Report on vaccination in Madras 1922-1929 - 1922-1929
Year: 1922
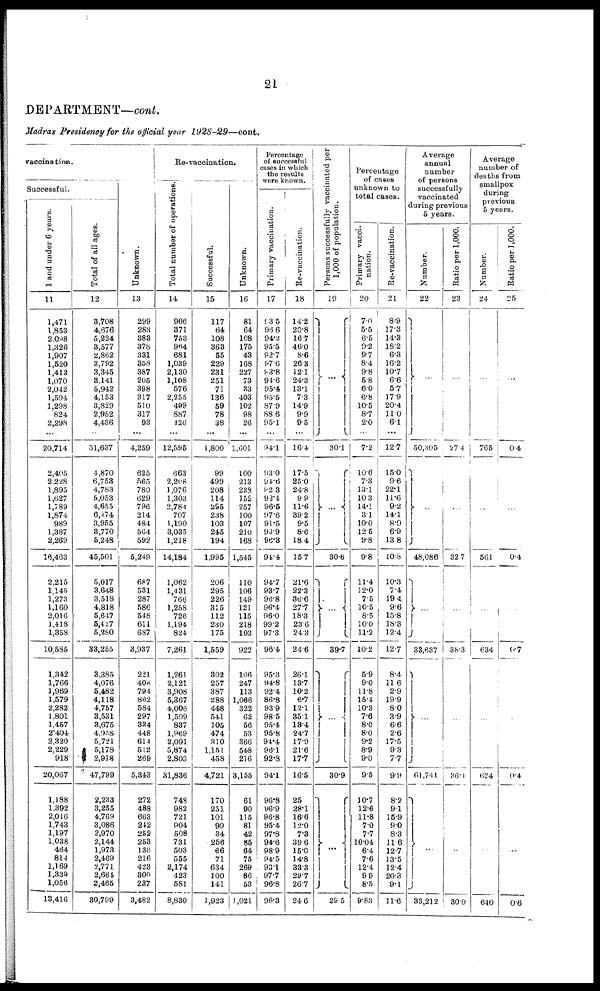
21
DEPARTMENT—cont.
Madras Presidency for the official year 1928-29—cont.
vaccination.
Successful.
1 and under 6 years.
11
1,471
1,853
2,098
1,326
1,907
1,520
1,413
1,070
2,042
1,594
1,298
824
2,298
...
20,714
2,405
2,228
1,895
1,627
1,789
1,874
989
1,387
2,269
16,463
2,215
1,145
1,273
1,160
2,016
1,418
1,358
10,585
1,342
1,766
1,969
1,579
2,282
1,801
1,457
2,404
2,320
2,229
918
20,067
1,188
1,392
2,016
1,743
1,197
1,038
464
814
1,169
1,339
1,056
13,416
Total of all ages.
12
3,708
4,676
5,224
3,577
2,862
3,792
3,345
3,141
5,942
4,153
3,829
2,952
4,436
...
51,637
4,870
6,753
4,783
5,053
4,655
6,474
3,955
3,770
5,248
45,501
5,017
3,648
3,518
4,818
5,647
5,427
5,280
33,255
3,385
4,076
5,482
4,118
4,757
3,531
3,675
4,958
5,721
5,178
2,918
47,799
2,233
3,255
4,769
3,086
2,970
2,144
1,973
2,469
2,771
2,664
2,465
30,799
Unknown.
13
299
283
383
378
331
358
387
205
398
317
510
317
93
...
4,259
625
565
780
629
796
214
484
564
592
5,249
687
531
287
586
548
611
687
3,937
221
408
794
862
584
297
334
448
614
512
269
5,343
272
488
663
242
252
253
136
216
423
300
237
3,482
Re-vaccination.
Total number of operations.
14
906
371
753
964
681
1,039
2,130
1,108
576
2,255
499
887
426
...
12,595
663
2,208
1,076
1,303
2,784
707
1,190
3,035
1,218
14,184
1,062
1,431
766
1,258
726
1,194
824
7,261
1,261
2,121
3,908
5,367
4,006
1,599
837
1,969
2,091
5,874
2,803
31,836
748
982
721
904
508
731
503
555
2,174
423
581
8,830
Successful.
15
117
64
108
363
55
229
231
251
71
136
59
78
38
...
1,800
99
499
208
114
295
238
103
245
194
1,995
206
295
226
315
112
230
175
1,559
302
257
387
288
448
541
105
474
310
1,151
458
4,721
170
251
101
99
34
256
66
71
634
100
141
1,923
Unknown.
16
81
64
108
175
43
168
227
73
33
403
102
98
26
...
1,601
100
213
238
152
257
100
107
210
168
1,545
110
106
149
121
115
218
103
922
106
247
113
1,066
322
62
56
53
366
548
216
3,155
61
90
115
81
42
85
64
75
269
86
53
1,021
Percentage
of successful
cases in which
the results
were known.
Primary vaccination.
17
93.5
96.6
94.2
95.5
92.7
97.6
93.8
94.6
95.4
95.5
87.9
88.6
95.1
...
94.1
93.0
94.6
92.3
92.4
96.5
97.6
91.5
93.9
96.3
94.4
94.7
93.7
96.8
96.4
96.0
99.2
97.3
96.4
95.3
94.8
92.4
86.8
93.9
98.5
95.4
95.8
94.4
96.1
92.8
94.1
96.8
96.9
96.8
95.4
97.8
94.6
98.9
94.5
93.1
97.7
96.8
96.3
Re-vaccination.
18
14.2
20.8
16.7
46.0
8.6
26.3
12.1
24.3
13.1
7.3
14.9
9.9
9.5
...
16.4
17.5
25.0
24.8
9.9
11.6
39.2
9.5
8.6
18.4
15.7
21.6
22.3
36.6
27.7
18.3
23.6
24.3
24.6
26.1
13.7
10.2
6.7
12.1
35.1
13.4
24.7
17.9
21.6
17.7
16.5
25
28.1
16.6
12.0
7.3
39.6
15.0
14.8
33.3
29.7
26.7
24.6
Persons successfully vaccinated per
1,000 of population.
19
... ...
30.1
...
30.6
...
39.7
...
30.9
...
29.5
Percentage
of cases
unknown to
total cases.
Primary vacci-
nation.
20
7.0
5.5
6.5
9.2
9.7
8.4
9.8
5.8
6.0
6.8
10.5
8.7
2.0
...
7.2
10.6
7.3
13.1
10.3
14.1
3.1
10.0
12.5
9.8
9.8
11.4
12.0
7.5
10.5
8.5
10.0
11.2
10.2
5.9
9.0
11.8
15.4
10.3
7.6
8.0
8.0
9.2
8.9
9.0
9.5
10.7
12.6
11.8
7.0
7.7
10.04
6.4
7.6
12.4
9.9
8.5
9.83
Re-vaccination.
21
8.9
17.3
14.3
18.2
6.3
16.2
10.7
6.6
5.7
17.9
20.4
11.0
6.1
...
12.7
15.0
9.6
22.1
11.6
9.2
14.1
8.9
6.9
13.8
10.8
10.3
7.4
19.4
9.6
15.8
18.3
12.4
12.7
8.4
11.6
2.9
19.9
8.0
3.9
6.6
2.6
17.5
9.3
7.7
9.9
8.2
9.1
15.9
9.0
8.3
11.6
12.7
13.5
12.4
20.3
9.1
11.6
Average
annual
number
of persons
successfully
vaccinated
during previous
5 years.
Number.
22
...
...
50,305
...
48,086
...
33,637
...
61,741
...
33,212
Ratio per 1,000.
23
...
...
27.4
...
32.7
...
38.3
...
...
86.4
...
30.0
Average
number of
deaths from
smallpox
during
previous
5 years.
Number.
24
...
...
765
...
561
...
634
...
...
624
...
640
Ratio per 1,000.
25
...
...
0.4
...
0.4
...
0.7
...
...
0.4
...
0.6